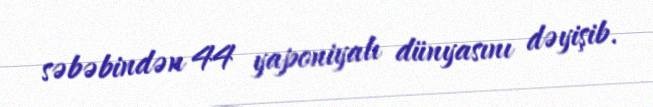
səbəbindən 44 yaponiyalı dünyasını dəyişib.